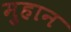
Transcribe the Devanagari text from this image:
मुहान